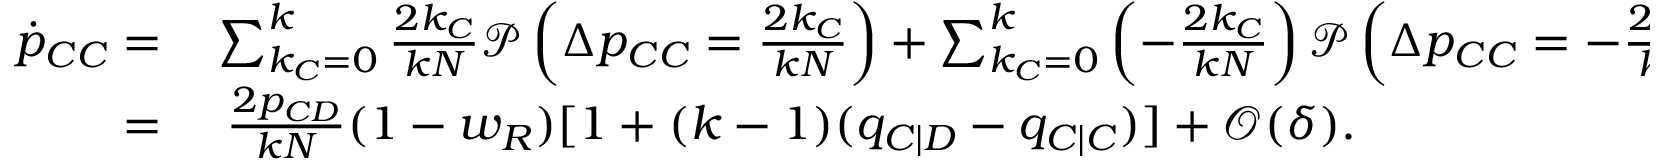
\begin{array} { r l } { \dot { p } _ { C C } = } & { { } \sum _ { k _ { C } = 0 } ^ { k } { \frac { 2 k _ { C } } { k N } \mathcal { P } \left( \Delta p _ { C C } = \frac { 2 k _ { C } } { k N } \right) } + \sum _ { k _ { C } = 0 } ^ { k } { \left( - \frac { 2 k _ { C } } { k N } \right) \mathcal { P } \left( \Delta p _ { C C } = - \frac { 2 k _ { C } } { k N } \right) } } \\ { = } & { { } ~ \frac { 2 p _ { C D } } { k N } ( 1 - w _ { R } ) [ 1 + ( k - 1 ) ( q _ { C | D } - q _ { C | C } ) ] + \mathcal { O } ( \delta ) . } \end{array}